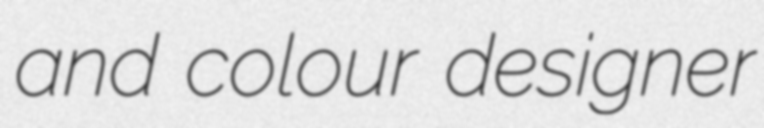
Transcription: and colour designer